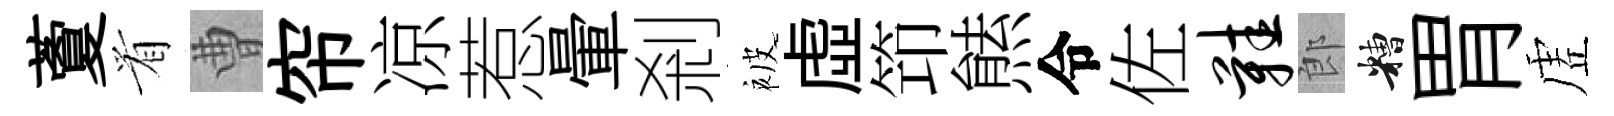
藑㸔曹帘凉惹暈剎被虛笻㷱令佐鞋郎糟胃虗